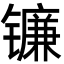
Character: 镰